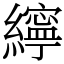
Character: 𦆭